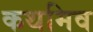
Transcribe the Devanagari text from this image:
कथमिव